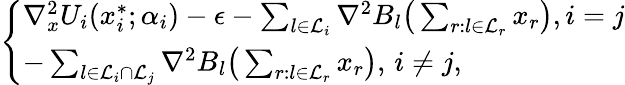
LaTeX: \begin{array}{r}{\left\{ \begin{array}{ll}{\nabla_{x}^{2}U_{i}(x_{i}^{*};\alpha_{i})-\epsilon-\sum_{l\in\mathcal{L}_{i}}\nabla^{2}B_{l}\big(\sum_{r:l\in\mathcal{L}_{r}}x_{r}\big),i=j}\\ {-\sum_{l\in\mathcal{L}_{i}\cap\mathcal{L}_{j}}\nabla^{2}B_{l}\big(\sum_{r:l\in\mathcal{L}_{r}}x_{r}\big),\, i\neq j,}\end{array}\right.}\end{array}